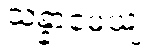
သန္နာမေယျ